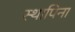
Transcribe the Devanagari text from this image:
स्थापिना